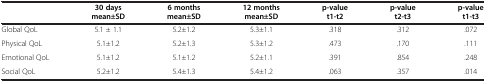
<table><thead><tr><td><b> </b></td><td><b>30 days mean±SD</b></td><td><b>6 months mean±SD</b></td><td><b>12 months mean±SD</b></td><td><b>p-value t1-t2</b></td><td><b>p-value t2-t3</b></td><td><b>p-value t1-t3</b></td></tr></thead><tbody><tr><td>Global QoL</td><td>5.1 ± 1.1</td><td>5.2±1.2</td><td>5.3±1.1</td><td>.318</td><td>.312</td><td>.072</td></tr><tr><td>Physical QoL</td><td>5.1±1.2</td><td>5.2±1.3</td><td>5.3±1.2</td><td>.473</td><td>.170</td><td>.111</td></tr><tr><td>Emotional QoL</td><td>5.1±1.2</td><td>5.1±1.2</td><td>5.2±1.1</td><td>.391</td><td>.854</td><td>.248</td></tr><tr><td>Social QoL</td><td>5.2±1.2</td><td>5.4±1.3</td><td>5.4±1.2</td><td>.063</td><td>.357</td><td>.014</td></tr></tbody></table>